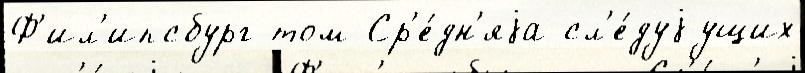
Ф'ил'ипсбург том Ср'е́дн'яjа сл'е́дуjущих